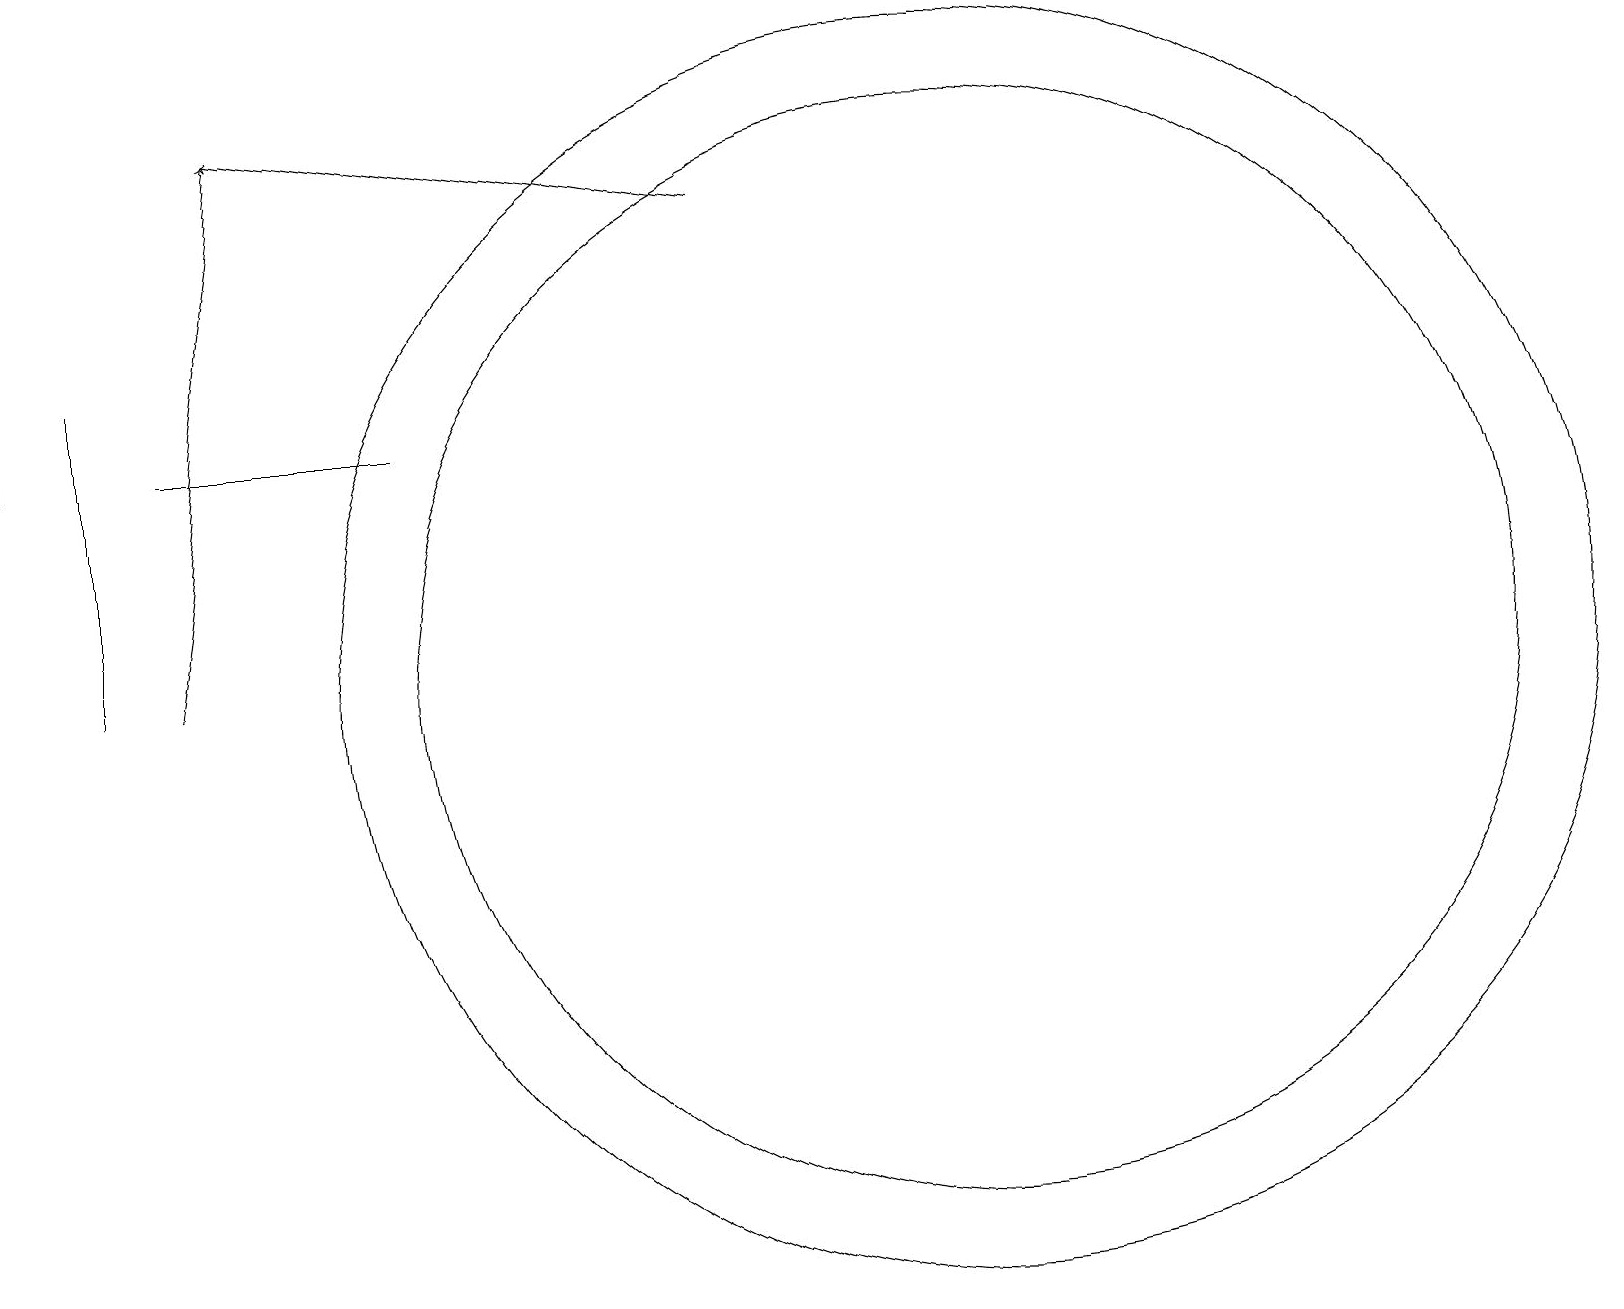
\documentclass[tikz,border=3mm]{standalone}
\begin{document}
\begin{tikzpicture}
\draw[->] (9,16) -- (3,17);
\draw (12,10) circle (8);
\draw (1,14) rectangle (1,10);
\draw[->] (2,10) -- (3,17);
\draw (12,10) circle (7);
\draw (5,13) rectangle (2,13);
\draw (0,17) rectangle (0,13);
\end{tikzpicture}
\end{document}